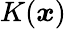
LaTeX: K(\boldsymbol x)